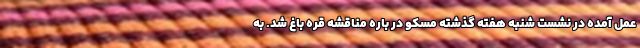
عمل آمده در نشست شنبه هفته گذشته مسکو در باره مناقشه قره باغ شد. به